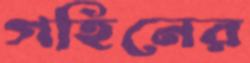
গহিনের